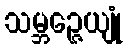
သမ္ဘဉ္ဇေယျုံ